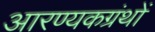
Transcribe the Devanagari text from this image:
आरण्यकग्रंथों